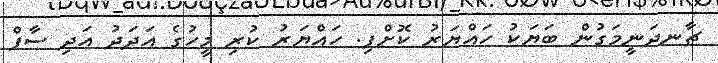
ޗާނދަނީމަގުން ބަޔަކު ހައްޔަރު ކޮށްފި. ހައްޔަރު ކުރި މީހުގެ އަދަދު އަދި ސާފް